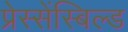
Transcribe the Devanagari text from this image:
प्रेस्सेंस्बिल्ड